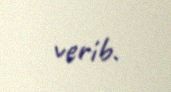
verib.